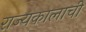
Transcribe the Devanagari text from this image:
राज्यकालाची